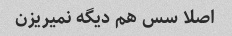
اصلا سس هم دیگه نمیریزن